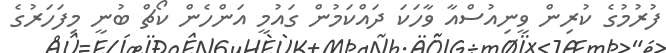
ފުރުމުގެ ކުރިން ވީނިއުސްއާ ވާހަކަ ދައްކަމުން ގައުމީ އަންހެން ކޯޗް ބުނީ މިފަހަރުގެ